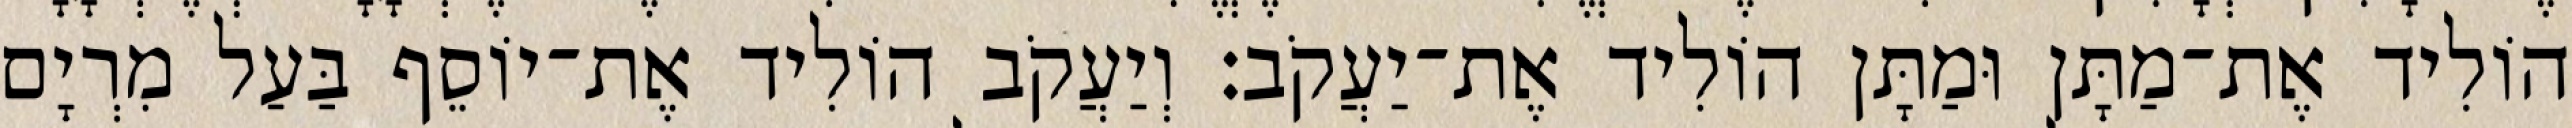
הוֹלִיד אֶת־מַתָּן וּמַתָּן הוֹלִיד אֶת־יַעֲקֹב׃ וְיַעֲקֹב הוֹלִיד אֶת־יוֹסֵף בַּעַל מִרְיָם